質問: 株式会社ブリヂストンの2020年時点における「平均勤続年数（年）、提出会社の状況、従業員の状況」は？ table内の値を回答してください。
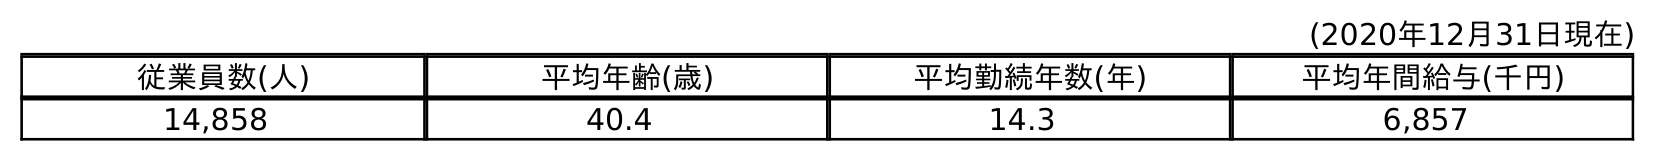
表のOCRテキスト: (2020年12月31日現在) 従業員数(人) 平均年齢(歳) 平均勤続年数(年) 平均年間給与(千円) 14,858 40.4 14.3 6,857
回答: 14.3